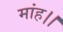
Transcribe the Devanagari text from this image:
मांह।।